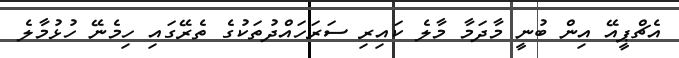
އެޗްޕީއޭ އިން ބުނީ މާދަމާ މާލެ ކައިރި ސަރަހައްދުތަކުގެ ތެރޭގައި ހިމެނޭ ހުޅުމާލެ